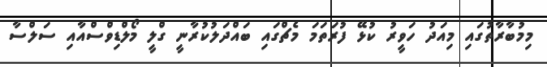
މިމުބާރާތުގައި މިއަދު ހަވީރު ކުޅޭ ފުރަތަމަ މެޗްގައި ބައްދަލުކުރާނީ ގްލީ މޯލްޑިވްސްއާއި ސަލްސާ